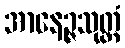
အာနေဉ္ဇသုတ္တံ